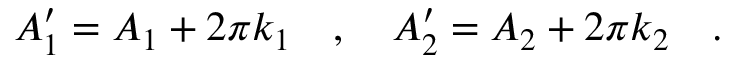
A _ { 1 } ^ { \prime } = A _ { 1 } + 2 \pi k _ { 1 } \ \ \ , \ \ \ A _ { 2 } ^ { \prime } = A _ { 2 } + 2 \pi k _ { 2 } \ \ \ .